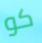
كو